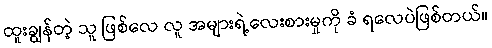
ထူးချွန်တဲ့ သူ ဖြစ်လေ လူ အများရဲ့လေးစားမှုကို ခံ ရလေပဲဖြစ်တယ်။